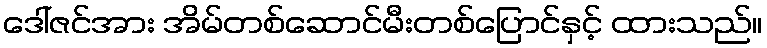
ဒေါ်ဇင်အား အိမ်တစ်ဆောင်မီးတစ်ပြောင်နှင့် ထားသည်။